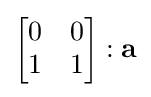
{\begin{bmatrix}0&0\\1&1\end{bmatrix}}:\mathbf {a}